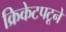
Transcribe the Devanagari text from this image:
क्रिकेटपटूने